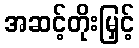
အဆင့်တိုးမြှင့်